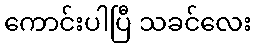
ကောင်းပါပြီ သခင်လေး